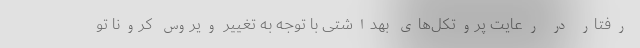
رفتار در رعایت پروتکل‌های بهداشتی با توجه به تغییر ویروس کرونا تو